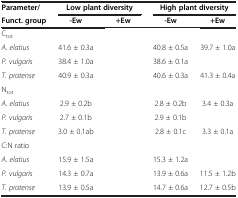
<table><thead><tr><td><b>Parameter/</b></td><td colspan="2"><b>Low plant diversity</b></td><td colspan="2"><b>High plant diversity</b></td></tr><tr><td><b>Funct. group</b></td><td><b>-Ew</b></td><td><b>+Ew</b></td><td><b>-Ew</b></td><td><b>+Ew</b></td></tr></thead><tbody><tr><td>C<sub>tot</sub></td><td>[EMPTY_CELL]</td><td>[EMPTY_CELL]</td><td>[EMPTY_CELL]</td><td>[EMPTY_CELL]</td></tr><tr><td><i>A. elatius</i></td><td>41.6 ± 0.3a</td><td>[EMPTY_CELL]</td><td>40.8 ± 0.5a</td><td>39.7 ± 1.0a</td></tr><tr><td><i>P. vulgaris</i></td><td>38.4 ± 1.0a</td><td>[EMPTY_CELL]</td><td>38.6 ± 0.1a</td><td>[EMPTY_CELL]</td></tr><tr><td><i>T. pratense</i></td><td>40.9 ± 0.3a</td><td>[EMPTY_CELL]</td><td>40.6 ± 0.3a</td><td>41.3 ± 0.4a</td></tr><tr><td>N<sub>tot</sub></td><td>[EMPTY_CELL]</td><td>[EMPTY_CELL]</td><td>[EMPTY_CELL]</td><td>[EMPTY_CELL]</td></tr><tr><td><i>A. elatius</i></td><td>2.9 ± 0.2b</td><td>[EMPTY_CELL]</td><td>2.8 ± 0.2b</td><td>3.4 ± 0.3a</td></tr><tr><td><i>P. vulgaris</i></td><td>2.7 ± 0.1b</td><td>[EMPTY_CELL]</td><td>2.9 ± 0.1b</td><td>[EMPTY_CELL]</td></tr><tr><td><i>T. pratense</i></td><td>3.0 ± 0.1ab</td><td>[EMPTY_CELL]</td><td>2.8 ± 0.1c</td><td>3.3 ± 0.1a</td></tr><tr><td>C:N ratio</td><td>[EMPTY_CELL]</td><td>[EMPTY_CELL]</td><td>[EMPTY_CELL]</td><td>[EMPTY_CELL]</td></tr><tr><td><i>A. elatius</i></td><td>15.9 ± 1.5a</td><td>[EMPTY_CELL]</td><td>15.3 ± 1.2a</td><td>[EMPTY_CELL]</td></tr><tr><td><i>P. vulgaris</i></td><td>14.3 ± 0.7a</td><td>[EMPTY_CELL]</td><td>13.9 ± 0.6a</td><td>11.5 ± 1.2b</td></tr><tr><td><i>T. pratense</i></td><td>13.9 ± 0.5a</td><td>[EMPTY_CELL]</td><td>14.7 ± 0.6a</td><td>12.7 ± 0.5b</td></tr></tbody></table>